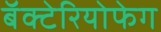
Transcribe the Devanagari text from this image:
बॅक्टेरियोफेग